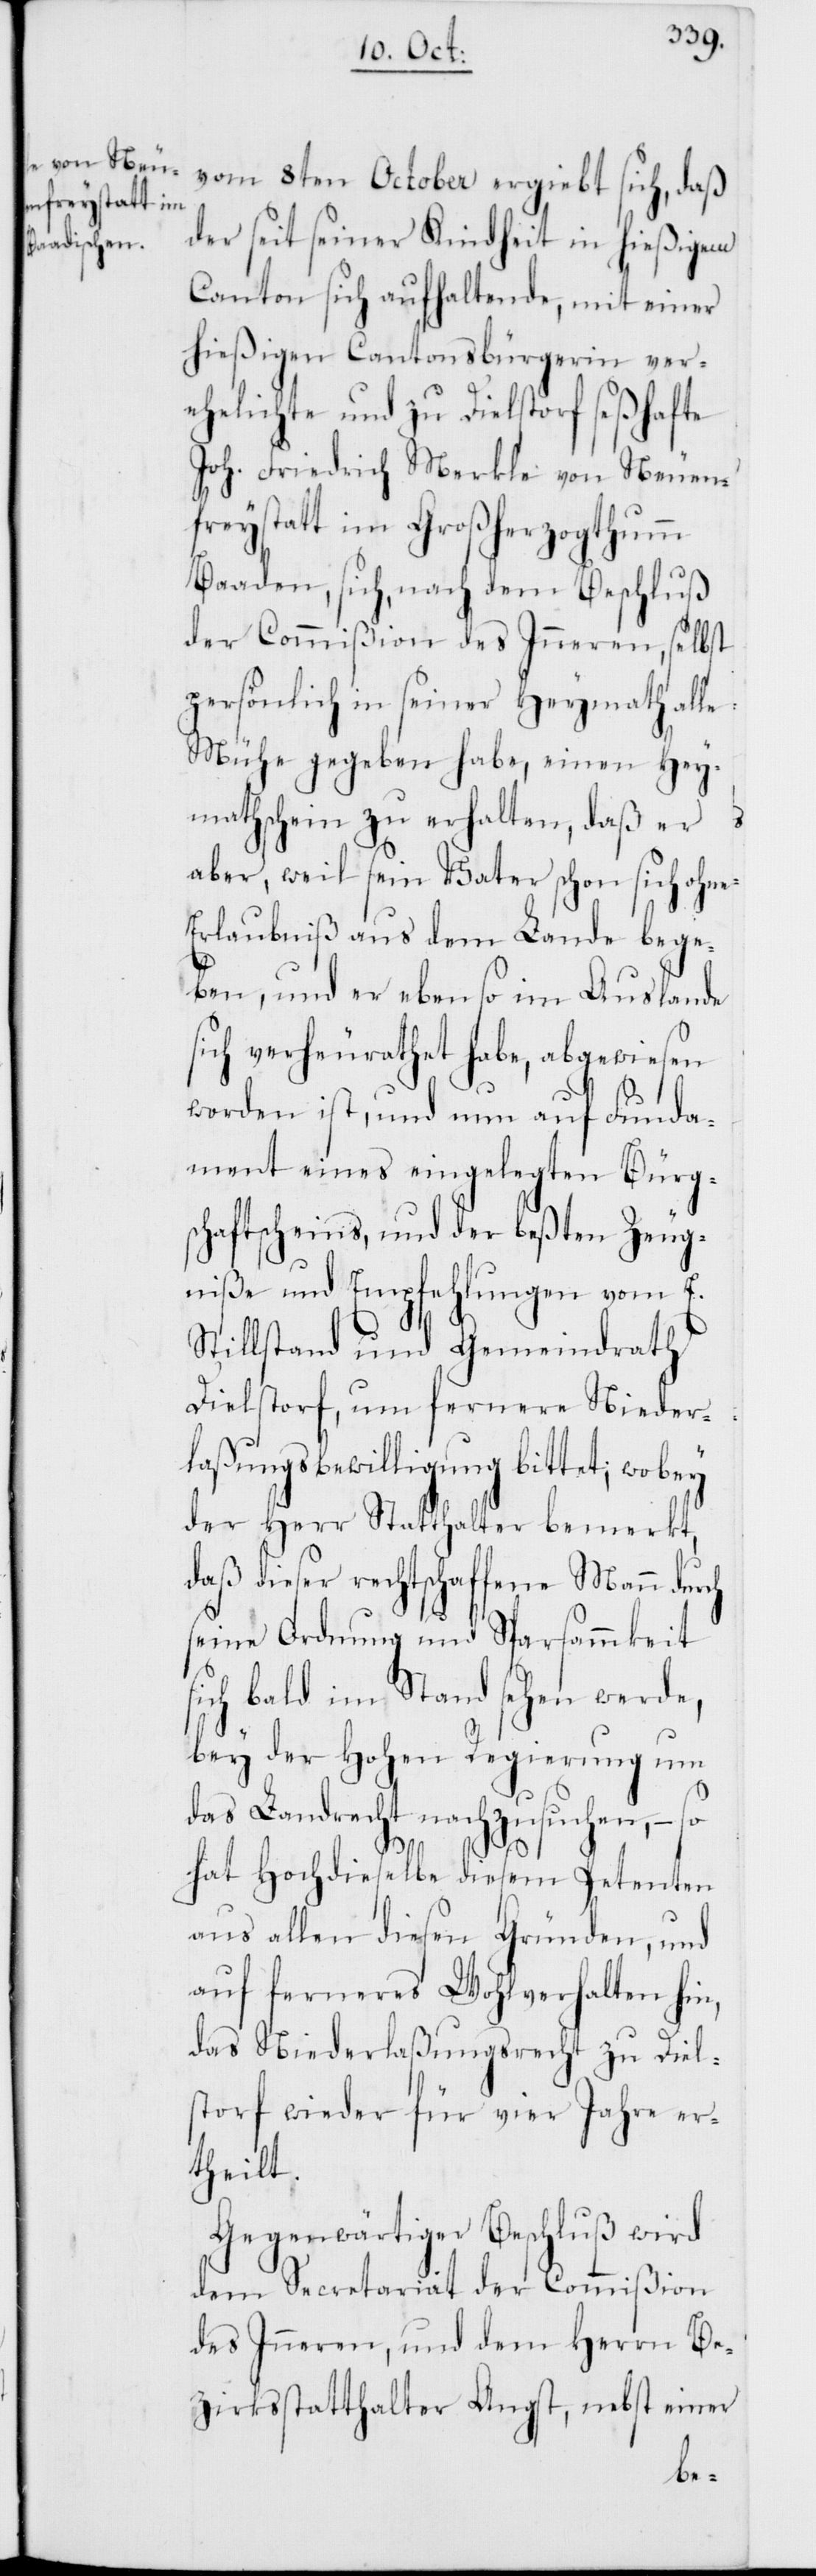
vom 8ten October ergiebt sich, daß
der seit seiner Kindheit in hießigem
Canton sich aufhaltende, mit einer
hießigen Cantonsbürgerin ver¬
ehelichten und zu Dielsdorf seßhafte
Joh. Friedrich Merkle von Neuen¬
freystatt im Großherzogthumm
Baaden, sich, nach dem Beschluß
der Commißion des Inneren, selbst
persönlich in seiner Heymath alle
Mühe gegeben habe, einen Hey¬
mathschein zu erhalten, daß er
aber, weil sein Vater schon sich ohne
Erlaubniß aus dem Lande bege¬
ben, und er ebenso im Auslande
sich verheurathet habe, abgewiesen
worden ist, und nun auf Funda¬
ment eines eingelegten Bürgs¬
chaftsscheins, und der beßten Zeug¬
niße und Empfehlungen vom E.
Stillstand und Gemeindrath
Dielstorf, um fernere Nieder¬
laßungsbewilligung bittet; wobey
der Herr Statthalter bemerkt,
daß dieser rechtschaffene Mann durch
seine Ordnung und Sparsammkeit
sich bald im Stand sehen werde,
bey der Hohen Regierung um
das Landrecht nachzusuchen, – so
hat Hochdieselbe diesem Petenten
aus allen diesen Gründen, und
auf ferneres Wohlverhalten hin,
das Niederlaßungsrecht zu Diel¬
sdorf wieder für vier Jahre er¬
theilt.
Gegenwärtiger Beschluß wird
dem Secretariat der Commißion
des Inneren, und dem Herrn Be¬
zirksstatthalter Angst, nebst einer